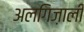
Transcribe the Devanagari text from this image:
अलगिज़ाली